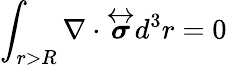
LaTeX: \int_{r>R}\nabla\cdot\overleftrightarrow{\boldsymbol{\sigma}}d^{3}r=0